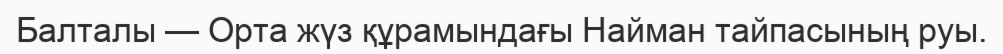
Балталы — Орта жүз құрамындағы Найман тайпасының руы.